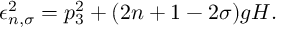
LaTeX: \epsilon _ { n , \sigma } ^ { 2 } = p _ { 3 } ^ { 2 } + ( 2 n + 1 - 2 \sigma ) g H .